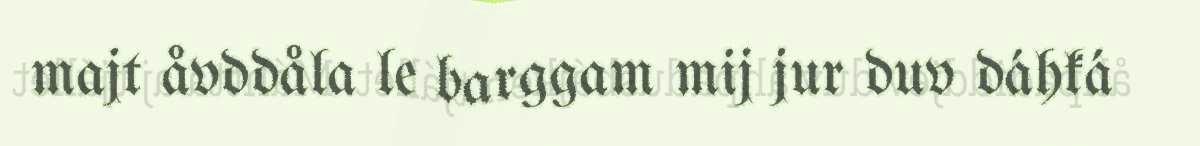
majt åvddåla le barggam mij jur duv dáhká